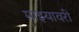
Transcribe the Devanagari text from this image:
माझ्यावरी